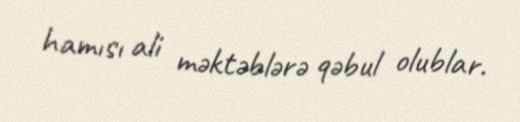
hamısı ali məktəblərə qəbul olublar.